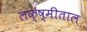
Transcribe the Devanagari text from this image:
लक्ष्मीताल